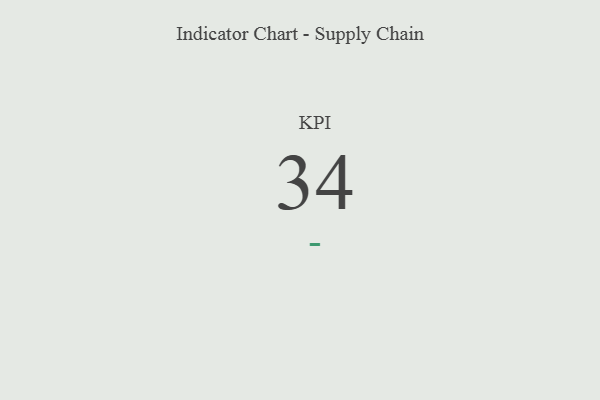
{"axis": {"x": "KPI", "y": "Value"}, "legend": [""], "data": [{"x": "KPI", "y": 34, "type": ""}]}